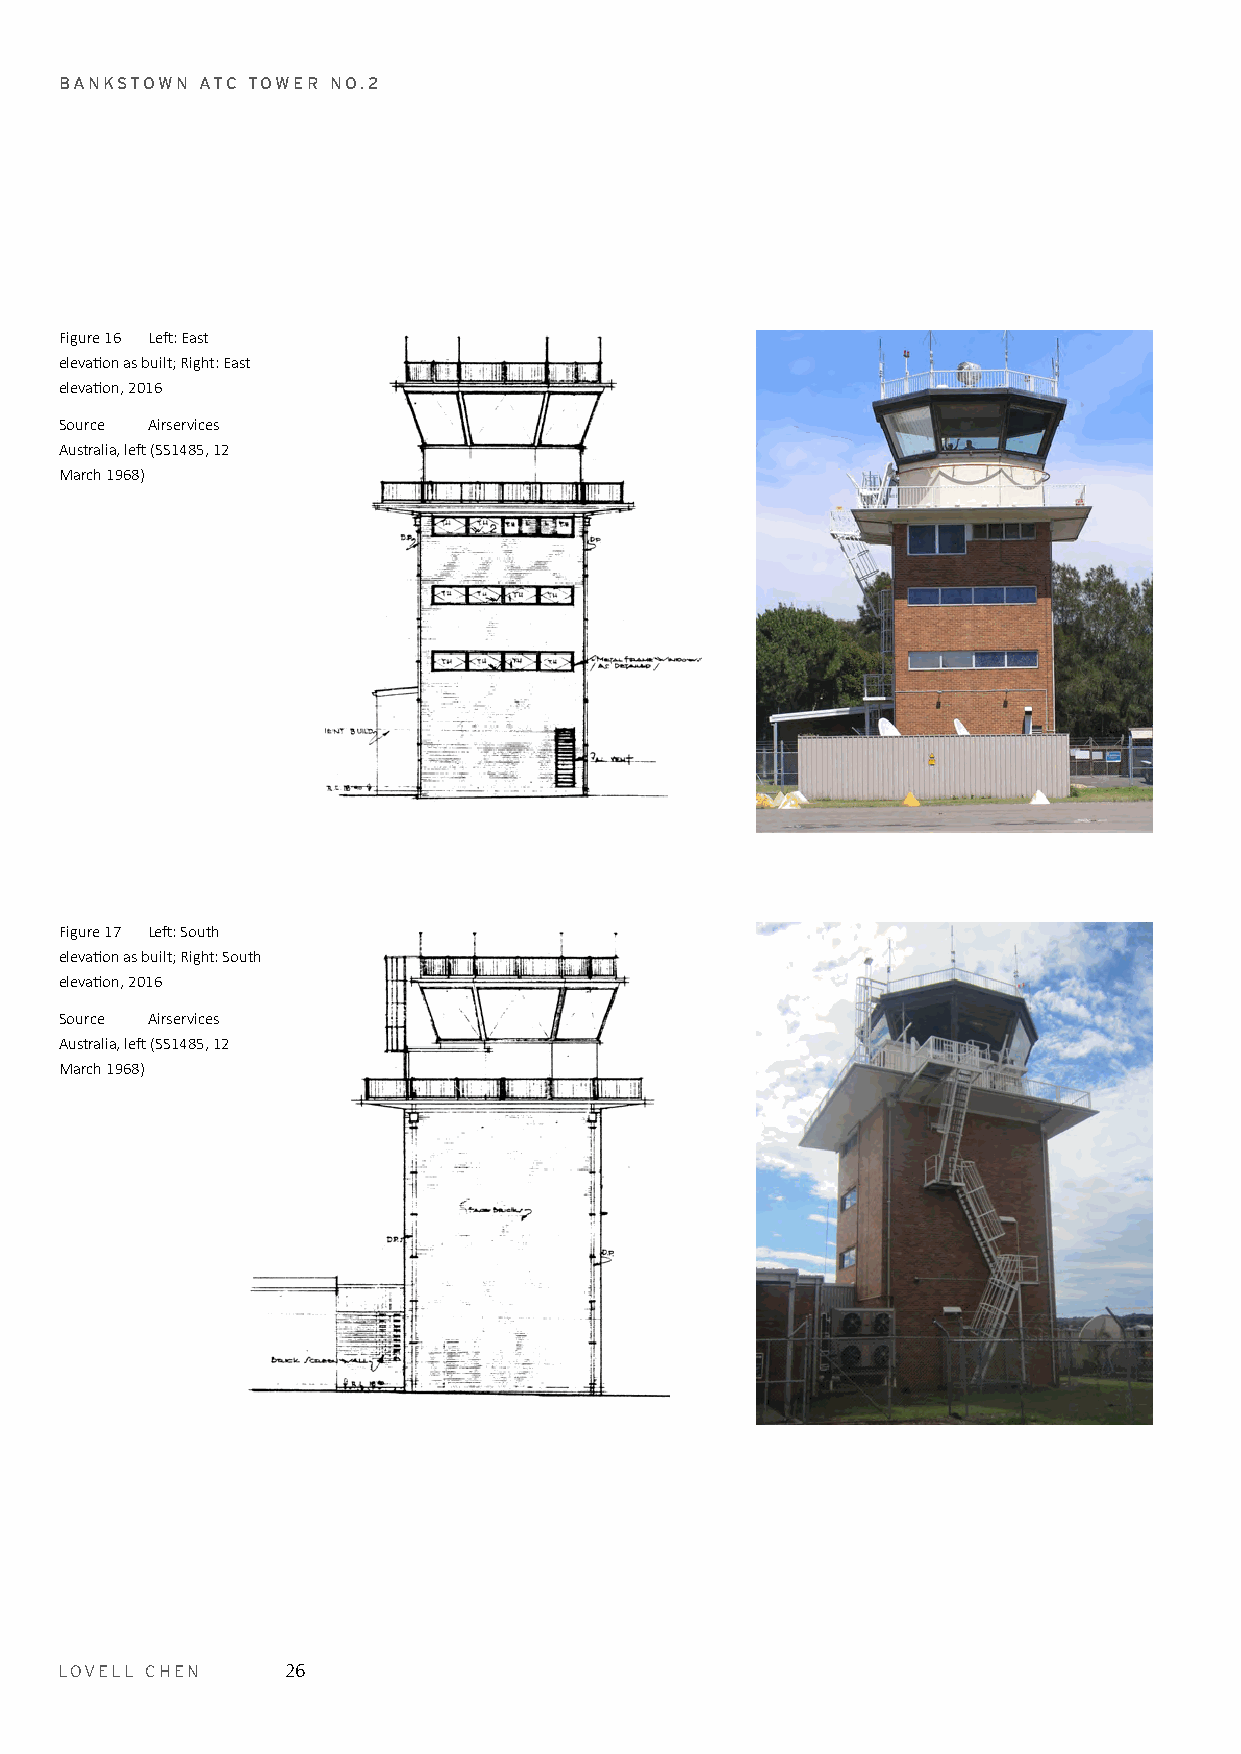
BANKSTOWN ATC TOWER NO.2
 Figure 16 Left: East
 elevation as built; Right: East
 elevation, 2016
 Source Airservices
 Australia, left (SS1485, 12
 March 1968)
 Figure 17 Left: South
 elevation as built; Right: South
 elevation, 2016
 Source Airservices
 Australia, left (SS1485, 12
 March 1968)
 LOVELL CHEN    26